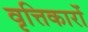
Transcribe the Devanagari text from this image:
वृत्तिकारों